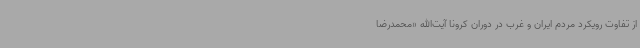
از تفاوت رویکرد مردم ایران و غرب در دوران کرونا آیت‌الله «محمدرضا